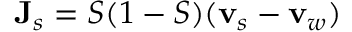
{ \bf J } _ { s } = S ( 1 - S ) ( { \bf v } _ { s } - { \bf v } _ { w } )